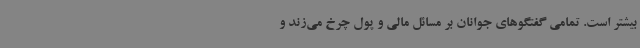
بیشتر است. تمامی گفتگوهای جوانان بر مسائل مالی و پول چرخ می‌زند و